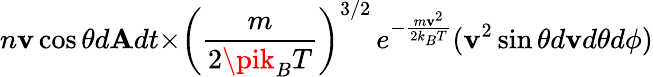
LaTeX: n\mathbf{v}\cos{\theta}d\mathbf{A}dt{\times}\left({\frac{{m}}{{2\pik_{B}T}}}\right)^{3/2}\, e^{-{\frac{{m\mathbf{v}^{2}}}{{2k_{B}T}}}}(\mathbf{v}^{2}\sin{\theta}d\mathbf{v}{d\theta}d\phi)